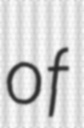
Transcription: of